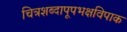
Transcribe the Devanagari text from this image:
चित्रशब्दापूपभक्षविपाक